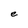
Character: e